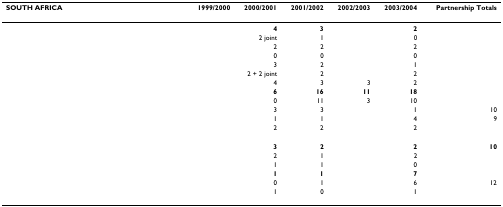
<table><thead><tr><td><b>SOUTH AFRICA</b></td><td><b>1999/2000</b></td><td><b>2000/2001</b></td><td><b>2001/2002</b></td><td><b>2002/2003</b></td><td><b>2003/2004</b></td><td><b>Partnership Totals</b></td></tr></thead><tbody><tr><td>[EMPTY_CELL]</td><td>[EMPTY_CELL]</td><td><b>4</b></td><td><b>3</b></td><td>[EMPTY_CELL]</td><td><b>2</b></td><td>[EMPTY_CELL]</td></tr><tr><td>[EMPTY_CELL]</td><td>[EMPTY_CELL]</td><td>2 joint</td><td>1</td><td>[EMPTY_CELL]</td><td>0</td><td>[EMPTY_CELL]</td></tr><tr><td>[EMPTY_CELL]</td><td>[EMPTY_CELL]</td><td>2</td><td>2</td><td>[EMPTY_CELL]</td><td>2</td><td>[EMPTY_CELL]</td></tr><tr><td>[EMPTY_CELL]</td><td>[EMPTY_CELL]</td><td>0</td><td>0</td><td>[EMPTY_CELL]</td><td>0</td><td>[EMPTY_CELL]</td></tr><tr><td>[EMPTY_CELL]</td><td>[EMPTY_CELL]</td><td>3</td><td>2</td><td>[EMPTY_CELL]</td><td>1</td><td>[EMPTY_CELL]</td></tr><tr><td>[EMPTY_CELL]</td><td>[EMPTY_CELL]</td><td>2 + 2 joint</td><td>2</td><td>[EMPTY_CELL]</td><td>2</td><td>[EMPTY_CELL]</td></tr><tr><td>[EMPTY_CELL]</td><td>[EMPTY_CELL]</td><td>4</td><td>3</td><td>3</td><td>2</td><td>[EMPTY_CELL]</td></tr><tr><td>[EMPTY_CELL]</td><td>[EMPTY_CELL]</td><td><b>6</b></td><td><b>16</b></td><td><b>11</b></td><td><b>18</b></td><td>[EMPTY_CELL]</td></tr><tr><td>[EMPTY_CELL]</td><td>[EMPTY_CELL]</td><td>0</td><td>11</td><td>3</td><td>10</td><td>[EMPTY_CELL]</td></tr><tr><td>[EMPTY_CELL]</td><td>[EMPTY_CELL]</td><td>3</td><td>3</td><td>[EMPTY_CELL]</td><td>1</td><td>10</td></tr><tr><td>[EMPTY_CELL]</td><td>[EMPTY_CELL]</td><td>1</td><td>1</td><td>[EMPTY_CELL]</td><td>4</td><td>9</td></tr><tr><td>[EMPTY_CELL]</td><td>[EMPTY_CELL]</td><td>2</td><td>2</td><td>[EMPTY_CELL]</td><td>2</td><td>[EMPTY_CELL]</td></tr><tr><td>[EMPTY_CELL]</td><td>[EMPTY_CELL]</td><td>[EMPTY_CELL]</td><td>[EMPTY_CELL]</td><td>[EMPTY_CELL]</td><td>[EMPTY_CELL]</td><td>[EMPTY_CELL]</td></tr><tr><td>[EMPTY_CELL]</td><td>[EMPTY_CELL]</td><td><b>3</b></td><td><b>2</b></td><td>[EMPTY_CELL]</td><td><b>2</b></td><td><b>10</b></td></tr><tr><td>[EMPTY_CELL]</td><td>[EMPTY_CELL]</td><td>2</td><td>1</td><td>[EMPTY_CELL]</td><td>2</td><td>[EMPTY_CELL]</td></tr><tr><td>[EMPTY_CELL]</td><td>[EMPTY_CELL]</td><td>1</td><td>1</td><td>[EMPTY_CELL]</td><td>0</td><td>[EMPTY_CELL]</td></tr><tr><td>[EMPTY_CELL]</td><td>[EMPTY_CELL]</td><td><b>1</b></td><td><b>1</b></td><td>[EMPTY_CELL]</td><td><b>7</b></td><td>[EMPTY_CELL]</td></tr><tr><td>[EMPTY_CELL]</td><td>[EMPTY_CELL]</td><td>0</td><td>1</td><td>[EMPTY_CELL]</td><td>6</td><td>12</td></tr><tr><td>[EMPTY_CELL]</td><td>[EMPTY_CELL]</td><td>1</td><td>0</td><td>[EMPTY_CELL]</td><td>1</td><td>[EMPTY_CELL]</td></tr></tbody></table>